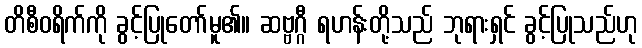
တိစီဝရိက်ကို ခွင့်ပြုတော်မူ၏။ ဆဗ္ဗဂ္ဂီ ရဟန်းတို့သည် ဘုရားရှင် ခွင့်ပြုသည်ဟု